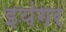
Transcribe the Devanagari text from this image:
इयंगर